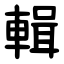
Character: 輯